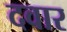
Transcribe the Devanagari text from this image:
दवार